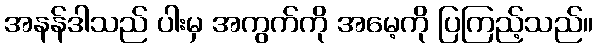
အနန်ဒါသည် ပါးမှ အကွက်ကို အမေ့ကို ပြကြည့်သည်။